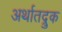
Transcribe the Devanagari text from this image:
अर्थातद्रुक